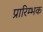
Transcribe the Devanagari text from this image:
प्रारिम्भक